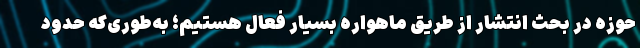
حوزه در بحث انتشار از طریق ماهواره بسیار فعال هستیم؛ به‌طوری‌که حدود